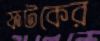
ফটকের